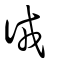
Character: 㣝